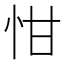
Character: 㤌